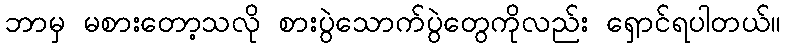
ဘာမှ မစားတော့သလို စားပွဲသောက်ပွဲတွေကိုလည်း ရှောင်ရပါတယ်။